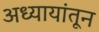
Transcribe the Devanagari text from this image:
अध्यायांतून